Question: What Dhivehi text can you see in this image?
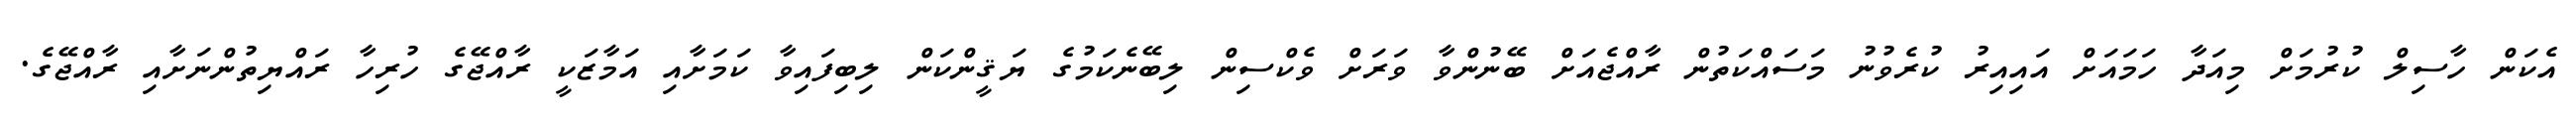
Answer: އެކަން ހާސިލް ކުރުމަށް މިއަދާ ހަމައަށް އައިއިރު ކުރެވުނު މަސައްކަތުން ރާއްޖެއަށް ބޭނުންވާ ވަރަށް ވެކްސިން ލިބޭނެކަމުގެ ޔަޤީންކަން ލިބިފައިވާ ކަމަށާއި އަމާޒަކީ ރާއްޖޭގެ ހުރިހާ ރައްޔިތުންނަށާއި ރާއްޖޭގެ.